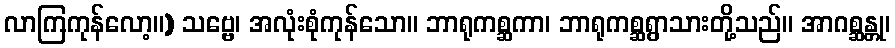
လာကြကုန်လော့။) သဗ္ဗေ၊ အလုံးစုံကုန်သော။ ဘာရုကစ္ဆကာ၊ ဘာရုကစ္ဆရွာသားတို့သည်။ အာဂစ္ဆန္တု၊